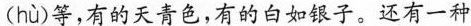
(hù)等,有的天青色,有的白如银子。还有一种